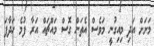
މަށަށް އަދި މިއިގުނީ މަވެސް އެތަން ގޮސް މައްޗައް އަރާ ފުމެ ހަދާފަ